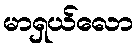
မာရှယ်လော